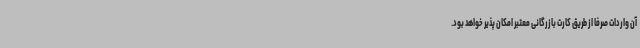
آن واردات صرفاً از طریق کارت بازرگانی معتبر امکان پذیر خواهد بود.